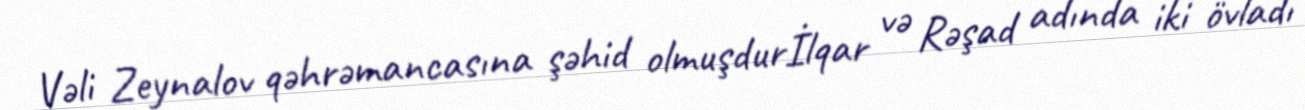
Vəli Zeynalov qəhrəmancasına şəhid olmuşdurİlqar və Rəşad adında iki övladı